Etiology and epidemiology of plague
Disease focus: Plague
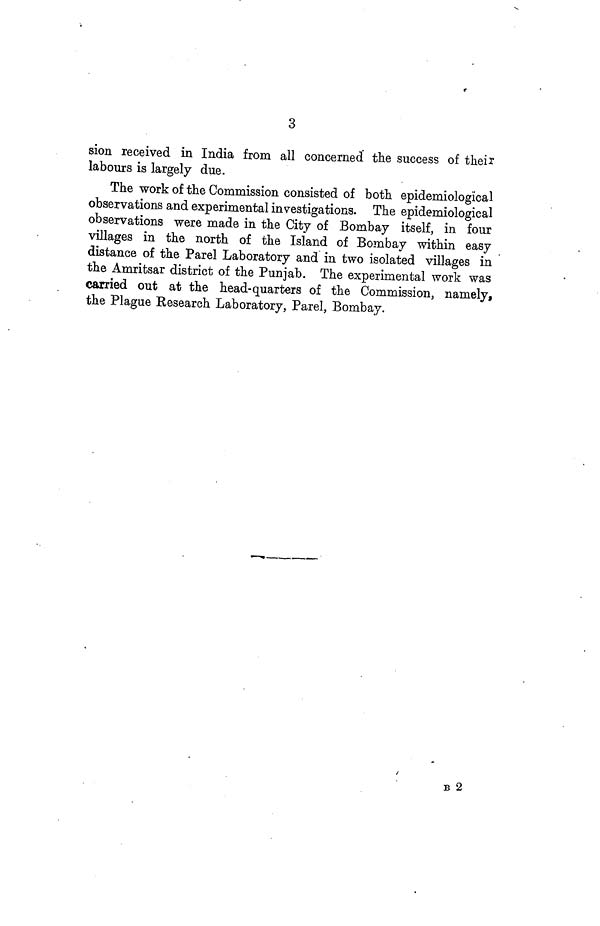
3
sion received in India from all concerned the success of their
labours is largely due.
The work of the Commission consisted of both epidemiological
observations and experimental investigations. The epidemiological
observations were made in the City of Bombay itself, in four
villages in the north of the Island of Bombay within easy
distance of the Parel Laboratory and in two isolated villages in
the Amritsar district of the Punjab. The experimental work was
carried out at the head-quarters of the Commission, namely,
the Plague Research Laboratory, Parel, Bombay.
B 2